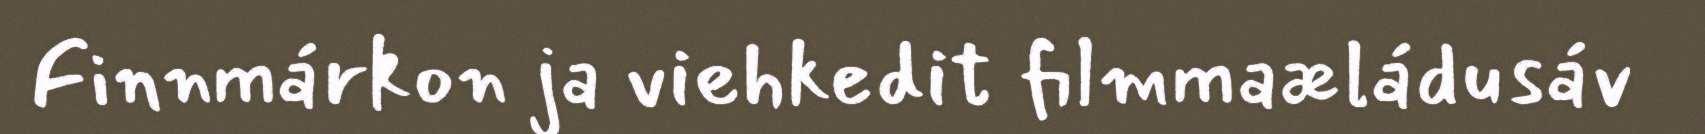
Finnmárkon ja viehkedit filmmaæládusáv